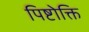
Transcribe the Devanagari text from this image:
पिष्टोक्ति